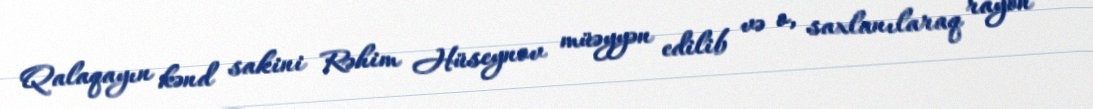
Qalaqayın kənd sakini Rəhim Hüseynov müəyyən edilib və o, saxlanılaraq rayon